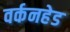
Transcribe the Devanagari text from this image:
वर्कनहेड